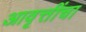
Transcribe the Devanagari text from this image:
आवृत्तींचा